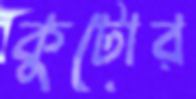
কুটোর